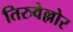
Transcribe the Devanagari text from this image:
तिरुवेल्लोर